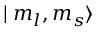
\mid m _ { l } , m _ { s } \rangle